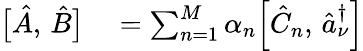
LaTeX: \begin{array}{rl}{\bigl[\hat{A},\, \hat{B}\bigr]}&{{}=\sum_{n=1}^{M}\alpha_{n}\Bigl[\hat{C}_{n},\, \hat{a}_{\nu}^{\dagger}\Bigr]}\end{array}